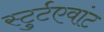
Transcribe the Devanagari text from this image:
स्टुर्टएवांट